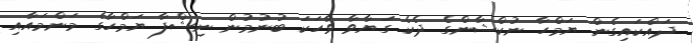
ދައްކައިގެން ޔަމްހާ ނުކްޝާންގެ ދެކެ ގަޔާވާ ވާހަކަ ބުނުމުން ނިޝްފާ ޔަމްހާގެ މަންމައާއި